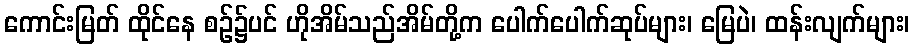
ကောင်းမြတ် ထိုင်နေ စဉ်၌ပင် ဟိုအိမ်သည်အိမ်တို့က ပေါက်ပေါက်ဆုပ်များ၊ မြေပဲ၊ ထန်းလျက်များ၊